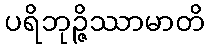
ပရိဘုဉ္ဇိဿာမာတိ